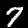
Label: 7